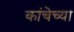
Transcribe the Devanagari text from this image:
कांचेच्या